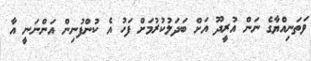
ވަތަނިއްޔާގެ ނަން އުރީދޫ އަށް ބަދަލުކުރުމަށް ފަހު އެ ކުންފުނިން އަންނަނީ އާ